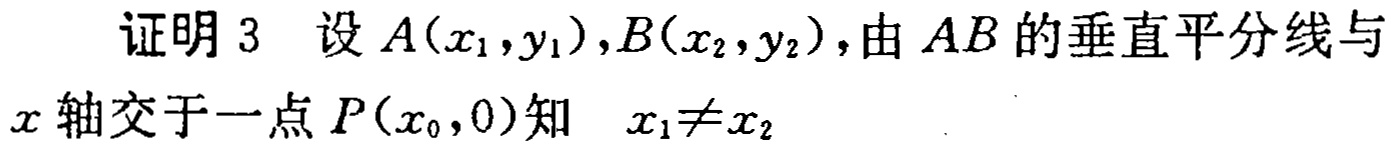
证明 3 设 \(A(x_1,y_1),B(x_2,y_2)\), 由 \(AB\) 的垂直平分线与 \(x\) 轴交于一点 \(P(x_0,0)\) 知 \(x_1\neq x_2\)